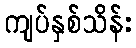
ကျပ်နှစ်သိန်း